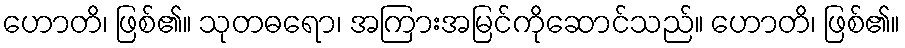
ဟောတိ၊ ဖြစ်၏။ သုတဓရော၊ အကြားအမြင်ကိုဆောင်သည်။ ဟောတိ၊ ဖြစ်၏။